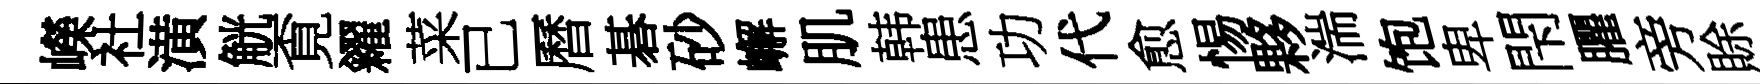
嶸社潢觥覔糴菜已曆碁砂嶰肌韩患功代愈惕夥湍饱卑閇臞旁賖